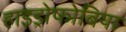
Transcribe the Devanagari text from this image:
हाइड्रोफोबिया